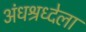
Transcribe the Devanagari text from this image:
अंधश्रध्देला